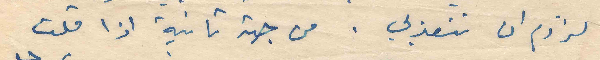
لزوم ان تتعذبي . من جهة تانية اذا قلت